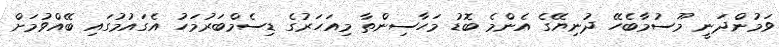
ވަމުންދަނީ މޫސުމާބެހޭ ދުނިޔޭގެ އެންމެ ބޮޑު މަހާސިންތާ މިއަހަރުގެ ޑިސެމްބަރުމަހު އެގައުމުގައި ބޭއްވުމަށް